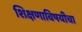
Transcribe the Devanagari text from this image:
शिक्षणाविषयीचा